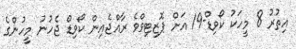
އިތުރު 8 މީހަކު ކޯވިޑް-19 އަށް ޕޮޒިޓިވްވެ ރާއްޖެއިން ކޯވިޑް ޖެހުނު މީހުންގެ